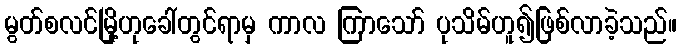
မွတ်စလင်မြို့ဟုခေါ်တွင်ရာမှ ကာလ ကြာသော် ပုသိမ်ဟူ၍ဖြစ်လာခဲ့သည်။